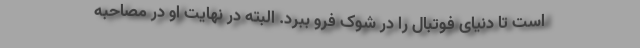
است تا دنیای فوتبال را در شوک فرو ببرد. البته در نهایت او در مصاحبه